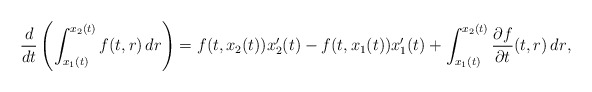
\begin{align*} \frac{d}{dt} \left( \int_{x_1(t)}^{x_2(t)} f(t,r)\, dr \right)=f(t,x_2(t))x_2'(t)-f(t,x_1(t))x_1'(t)+\int_{x_1(t)}^{x_2(t)}{\dfrac{\partial f}{\partial t}(t,r) \, dr} , \end{align*}